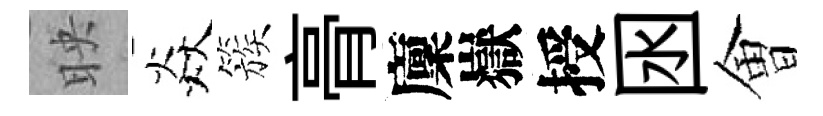
映焱簇𮌔廩嶽授囦㑹